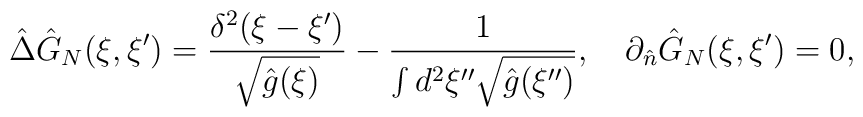
\hat{\Delta}{\hat{G}_N}(\xi,\xi')={{{\delta^2}(\xi-\xi')}\over{\sqrt{\hat{g}(\xi)}}}-{1\over{\int{d^2}\xi''\sqrt{\hat{g}(\xi'')}}},\quad{\partial_{\hat{n}}}{\hat{G}_N}(\xi,\xi')=0,